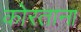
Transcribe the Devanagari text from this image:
कोरताना